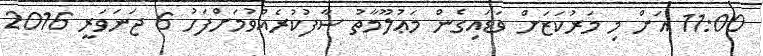
11:00 އަށް މި މަރުކަޒަށް ވަޑައިގެން މަޢުލޫމާތު ސާފުކުރެއްވުމަށްފަހު 6 ޖަނަވަރީ 2016